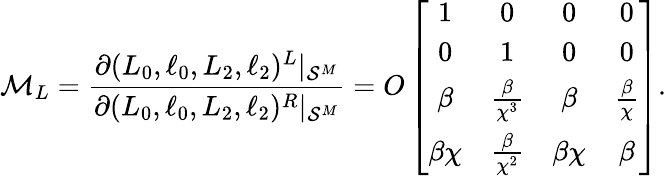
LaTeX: \mathcal{M}_{L}=\frac{\partial(L_{0},\ell_{0},L_{2},\ell_{2})^{L}|_{\mathcal{S}^{M}}}{\partial(L_{0},\ell_{0},L_{2},\ell_{2})^{R}|_{\mathcal{S}^{M}}}=O\left[\begin{array}{cccc}{1}&{0}&{0}&{0}\\ {0}&{1}&{0}&{0}\\ {\beta}&{\frac{\beta}{\chi^{3}}}&{\beta}&{\frac{\beta}{\chi}}\\ {\beta\chi}&{\frac{\beta}{\chi^{2}}}&{\beta\chi}&{\beta}\end{array}\right].